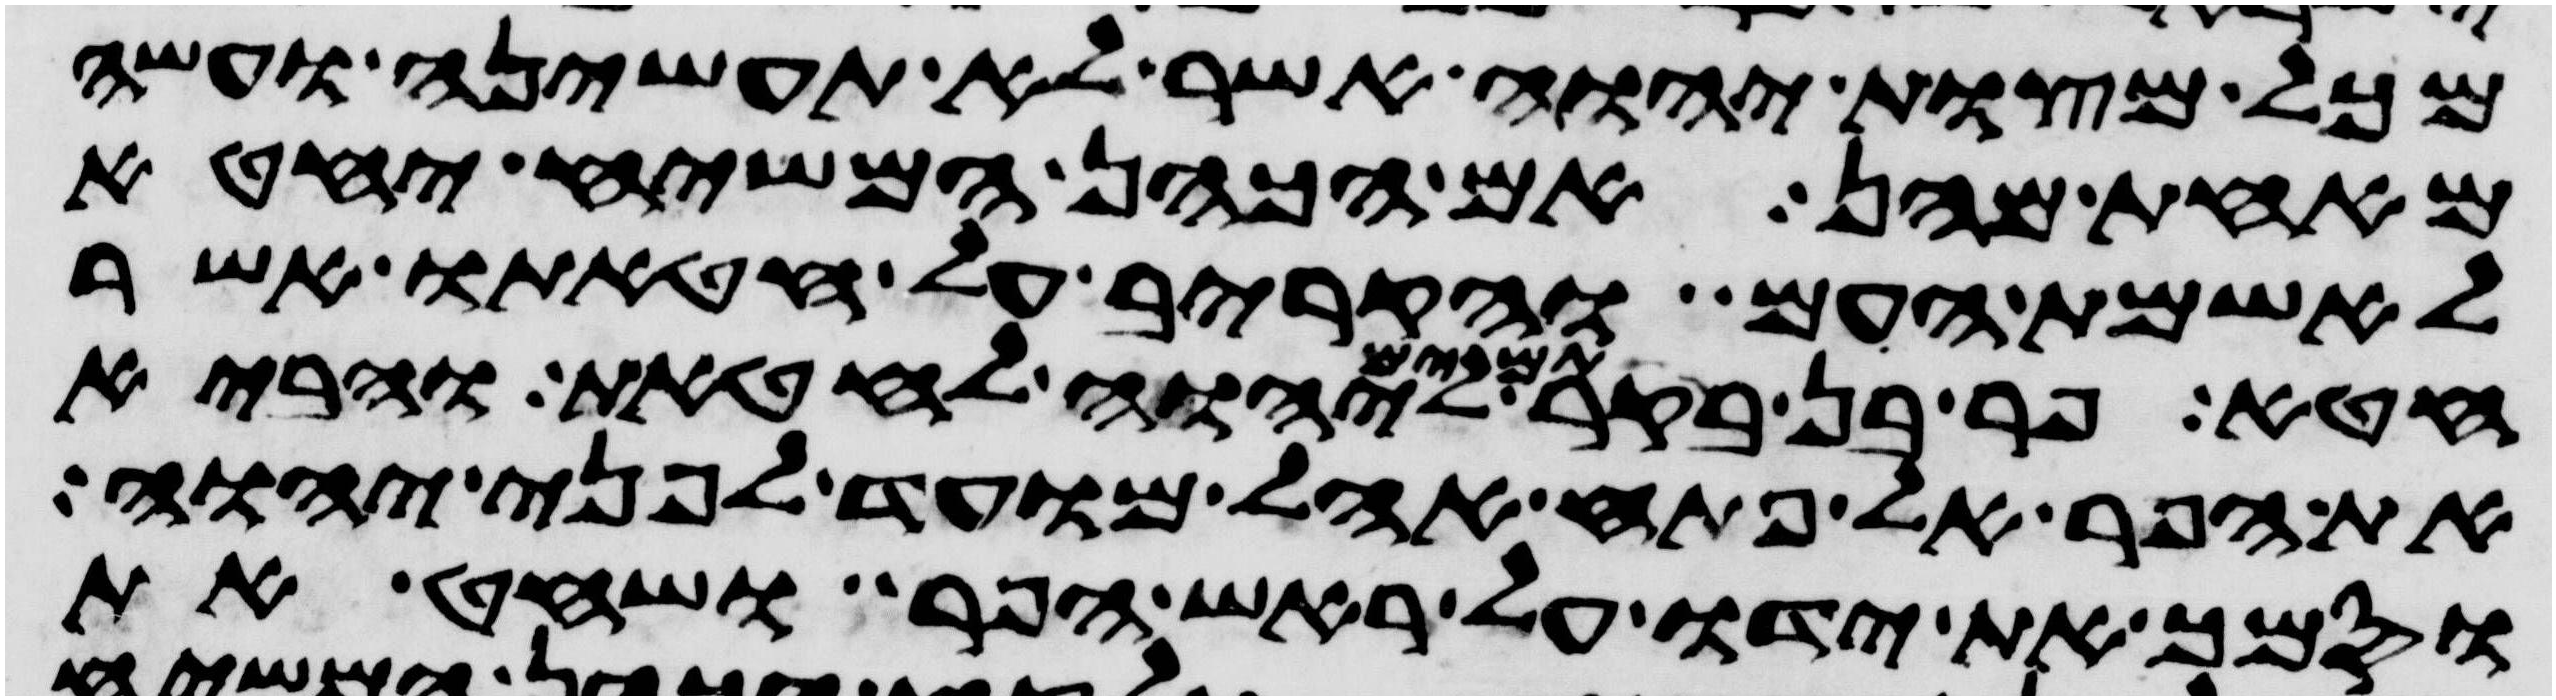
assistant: מכל מצות יהוה אשר לא תעשיהן ועשה
מאחת מהן אם הכהן המשיח יחטא
לאשמת העם והקריב על חטאתו אשר
חטא פר בן בקר תמים ליהוה לחטאת והביא
את הפר אל פתח אהל מועד לפני יהוה
וסמך את ידו על ראש הפר ושחט את